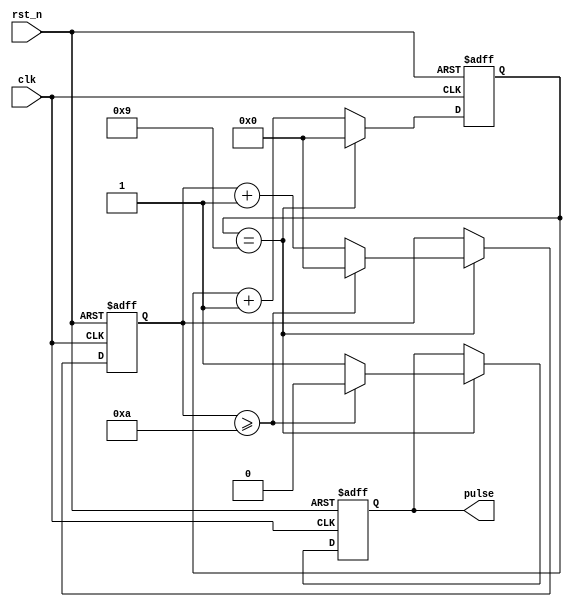
module Async_Pulse_Generator(
    input wire clk,
    input wire rst_n,
    output reg pulse
);

// Parameters for frequency settings
parameter integer CLOCK_DIVIDER = 10;
parameter integer COUNTER_WIDTH = 16;
parameter integer PULSE_DURATION = 10;

reg [COUNTER_WIDTH-1:0] count;
reg [COUNTER_WIDTH-1:0] pulse_duration_counter;

always @ (posedge clk or negedge rst_n) begin
    if (~rst_n) begin
        count <= 0;
        pulse_duration_counter <= 0;
        pulse <= 0;
    end else begin
        count <= count + 1;
        if (count == CLOCK_DIVIDER-1) begin
            count <= 0;
            pulse_duration_counter <= pulse_duration_counter + 1;
            if (pulse_duration_counter >= PULSE_DURATION) begin
                pulse <= 0;
                pulse_duration_counter <= 0;
            end else begin
                pulse <= 1;
            end
        end
    end
end

endmodule